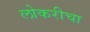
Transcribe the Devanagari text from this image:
लोकरीचा